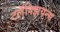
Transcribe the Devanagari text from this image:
टलॅक्झियन्स